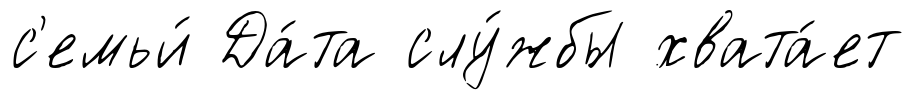
с'емьи́ Да́та слу́жбы хвата́ет